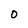
Character: 0